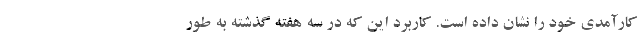
کارآمدی خود را نشان داده است. کاربرد این که در سه هفته گذشته به طور